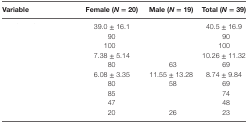
<table><thead><tr><td><b>Variable</b></td><td><b>Female (<i>N</i> = 20)</b></td><td><b>Male (<i>N</i> = 19)</b></td><td><b>Total (<i>N</i> = 39)</b></td></tr></thead><tbody><tr><td>[EMPTY_CELL]</td><td>39.0 ± 16.1</td><td>[EMPTY_CELL]</td><td>40.5 ± 16.9</td></tr><tr><td>[EMPTY_CELL]</td><td>90</td><td>[EMPTY_CELL]</td><td>90</td></tr><tr><td>[EMPTY_CELL]</td><td>100</td><td>[EMPTY_CELL]</td><td>100</td></tr><tr><td>[EMPTY_CELL]</td><td>7.38 ± 5.14</td><td>[EMPTY_CELL]</td><td>10.26 ± 11.32</td></tr><tr><td>[EMPTY_CELL]</td><td>80</td><td>63</td><td>69</td></tr><tr><td>[EMPTY_CELL]</td><td>6.08 ± 3.35</td><td>11.55 ± 13.28</td><td>8.74 ± 9.84</td></tr><tr><td>[EMPTY_CELL]</td><td>80</td><td>58</td><td>69</td></tr><tr><td>[EMPTY_CELL]</td><td>85</td><td>[EMPTY_CELL]</td><td>74</td></tr><tr><td>[EMPTY_CELL]</td><td>47</td><td>[EMPTY_CELL]</td><td>48</td></tr><tr><td>[EMPTY_CELL]</td><td>20</td><td>26</td><td>23</td></tr></tbody></table>